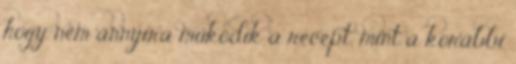
hogy nem annyira működik a recept, mint a korábbi